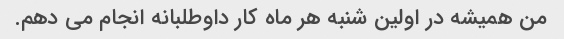
من همیشه در اولین شنبه هر ماه کار داوطلبانه انجام می دهم.